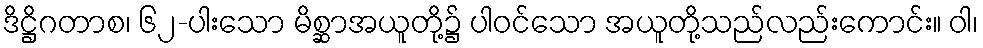
ဒိဋ္ဌိဂတာစ၊ ၆၂-ပါးသော မိစ္ဆာအယူတို့၌ ပါဝင်သော အယူတို့သည်လည်းကောင်း။ ဝါ၊